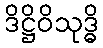
ဒိဋ္ဌိဝိသုဒ္ဓိ